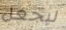
ليجعل